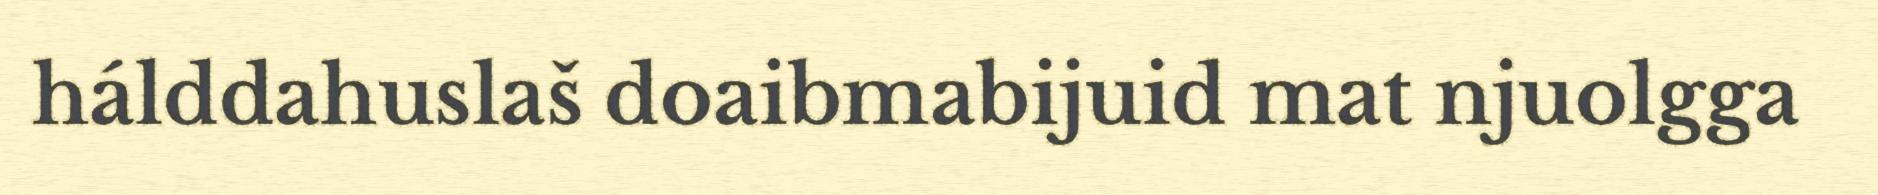
hálddahuslaš doaibmabijuid mat njuolgga